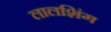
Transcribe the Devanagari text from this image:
लालशिंग